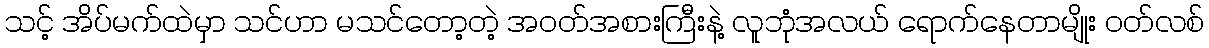
သင့် အိပ်မက်ထဲမှာ သင်ဟာ မသင်တော့တဲ့ အဝတ်အစားကြီးနဲ့ လူဘုံအလယ် ရောက်နေတာမျိုး ဝတ်လစ်